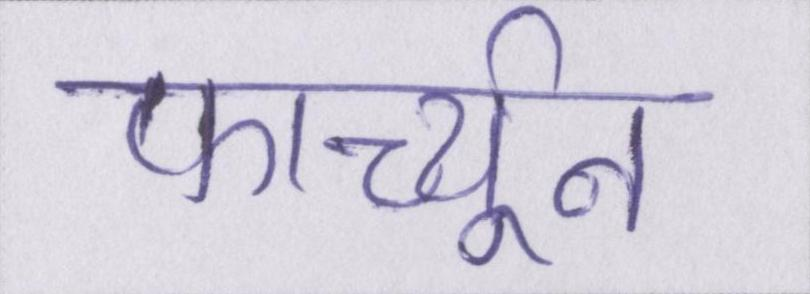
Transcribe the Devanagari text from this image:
फार्च्यून